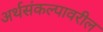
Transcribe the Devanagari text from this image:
अर्थसंकल्पावरील